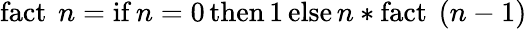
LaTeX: \operatorname{fact}\ n=\operatorname{if}n=0\operatorname{then}1\operatorname{else}n*\operatorname{fact}\ (n-1)